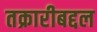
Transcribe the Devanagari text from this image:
तक्रारीबद्दल